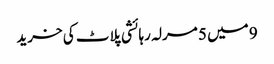
9 میں 5 مرلہ رہائشی پلاٹ کی خرید